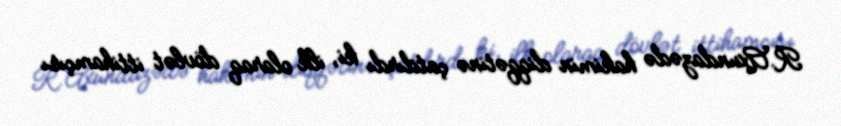
R.Axundazədə hakimin diqqətinə çatdırdı ki, ilk olaraq dövlət ittihamçısı